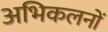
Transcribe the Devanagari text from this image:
अभिकलनों